Leaving Certificate Examination (including Day School Certificate (Higher) General paper), 1938
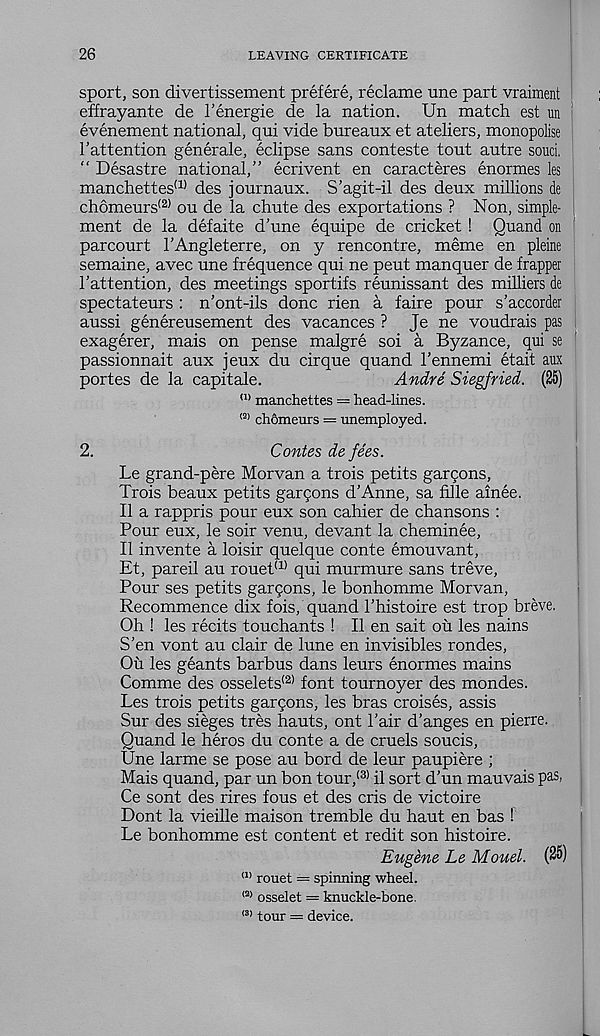
26
LEAVING CERTIFICATE
sport, son divertissement prefere, reclame une part vraiment
effrayante de 1’energie de la nation. Un match est un
evenement national, qui vide bureaux et ateliers, monopolise
1’attention generale, eclipse sans conteste tout autre souci.
“ Desastre national,” ecrivent en caracteres enormes les
manchettes (1) des journaux. S’agit-il des deux millions de
ch6meurs (2) ou de la chute des exportations ? Non, simple-
ment de la defaite d’une equipe de cricket 1 Quand on
parcourt 1’Angleterre, on y rencontre, meme en pleine
semaine, avec une frequence qui ne peut manquer de frapper
1’attention, des meetings sportifs reunissant des milliers de
spectateurs : n’ont-ils done rien a faire pour s’accorder
aussi genereusement des vacances ? Je ne voudrais pas
exagerer, mais on pense malgre soi a Byzance, qui se
passionnait aux jeux du cirque quand I’ennemi etait aux
portes de la capitale.
Andre Siegfried. (25)
a> manchettes = head-lines.
<2) chomeurs = unemployed.
2.
Contes de fees.
Le grand-pere Morvan a trois petits gargons,
Trois beaux petits gargons d’Anne, sa fille ainee.
II a rappris pour eux son cahier de chansons :
Pour eux, le soir venu, devant la cheminee,
II invente a loisir quelque conte emouvant,
Et, pareil au rouet (1) qui murmure sans treve,
Pour ses petits gargons, le bonhomme Morvan,
Recommence dix fois, quand I’histoire est trop breve.
Oh ! les recits touchants ! II en salt ou les nains
S'en vont au clair de lune en invisibles rondes,
Ou les geants barbus dans leurs enormes mains
Comme des osselets <2) font tournoyer des mondes.
Les trois petits gargons, les bras croises, assis
Sur des sieges tres hauts, ont hair d'anges en pierre.
Quand le heros du conte a de cruels soucis,
Une larme se pose au bord de leur paupiere ;
Mais quand, par un bon tour, (3) il sort d’un mauvais pas,
Ce sont des rires fous et des cris de victoire
Dont la vieille maison tremble du haut en bas !
Le bonhomme est content et redit son histoire.
Eugene Le Mouel. (25)
a> rouet = spinning wheel.
(2> osselet = knuckle-bone.
(3, tour = device.